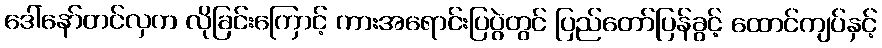
ဒေါ်နော်တင်လှက လိုခြင်းကြောင့် ကားအရောင်းပြပွဲတွင် ပြည်တော်ပြန်ခွင့် ထောင်ကျပ်နှင့်